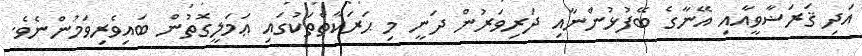
އަދި ޤަރަޟާވީއާއި އޭނާގެ ބޭފުޅުންނާއި ދަރިވަރުން ދަނީ މި ޙަރަކާތްތަކުގައި ޢަމަލީގޮތުން ބައިވެރިވަމުންނެވެ.